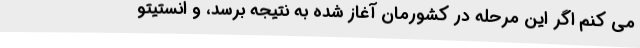
می کنم اگر این مرحله در کشورمان آغاز شده به نتیجه برسد، و انستیتو